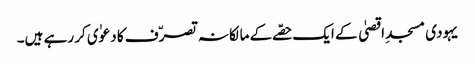
یہودی مسجدِ اقصیٰ کے ایک حصّے کے مالکانہ تصرّف کا دعوٰی کر رہے ہیں۔